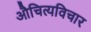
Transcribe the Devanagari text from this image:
औचित्यविचार